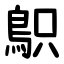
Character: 䳅